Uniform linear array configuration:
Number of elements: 12
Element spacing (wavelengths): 0.75
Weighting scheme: cosine
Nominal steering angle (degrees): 15
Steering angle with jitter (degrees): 14.241
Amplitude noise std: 0.05
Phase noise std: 0.05

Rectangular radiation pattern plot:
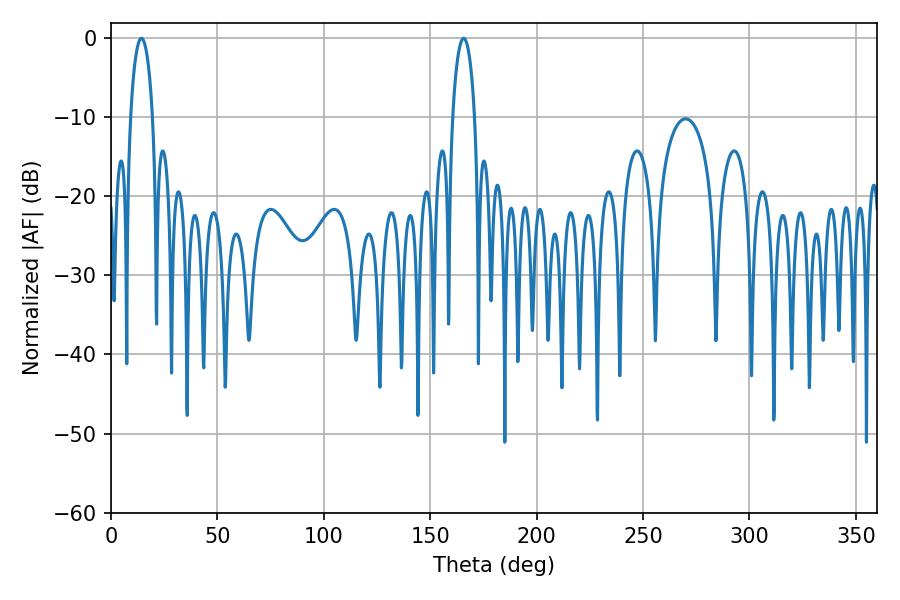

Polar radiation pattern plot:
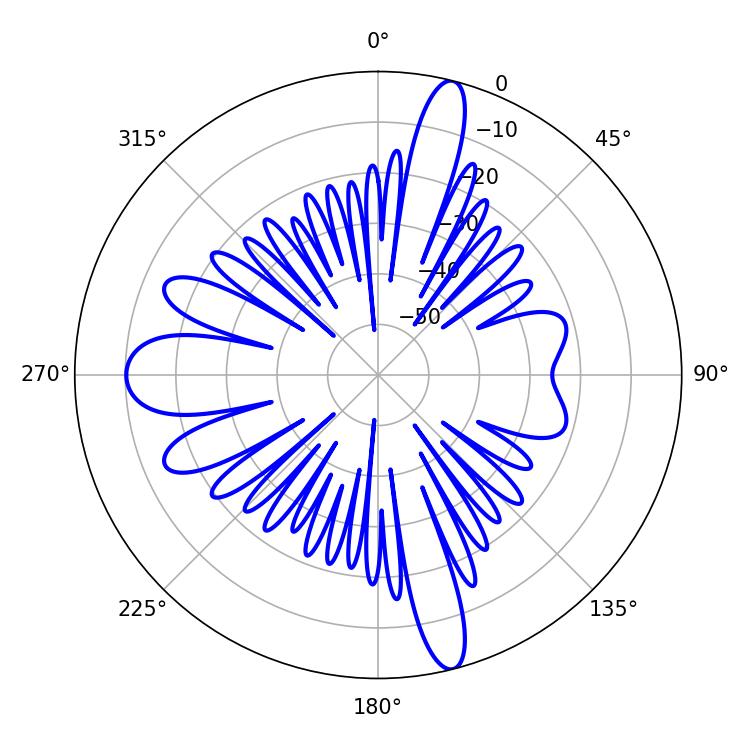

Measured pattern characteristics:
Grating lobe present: TRUE
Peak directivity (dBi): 19.174
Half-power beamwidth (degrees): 5.94
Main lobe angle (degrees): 14.22